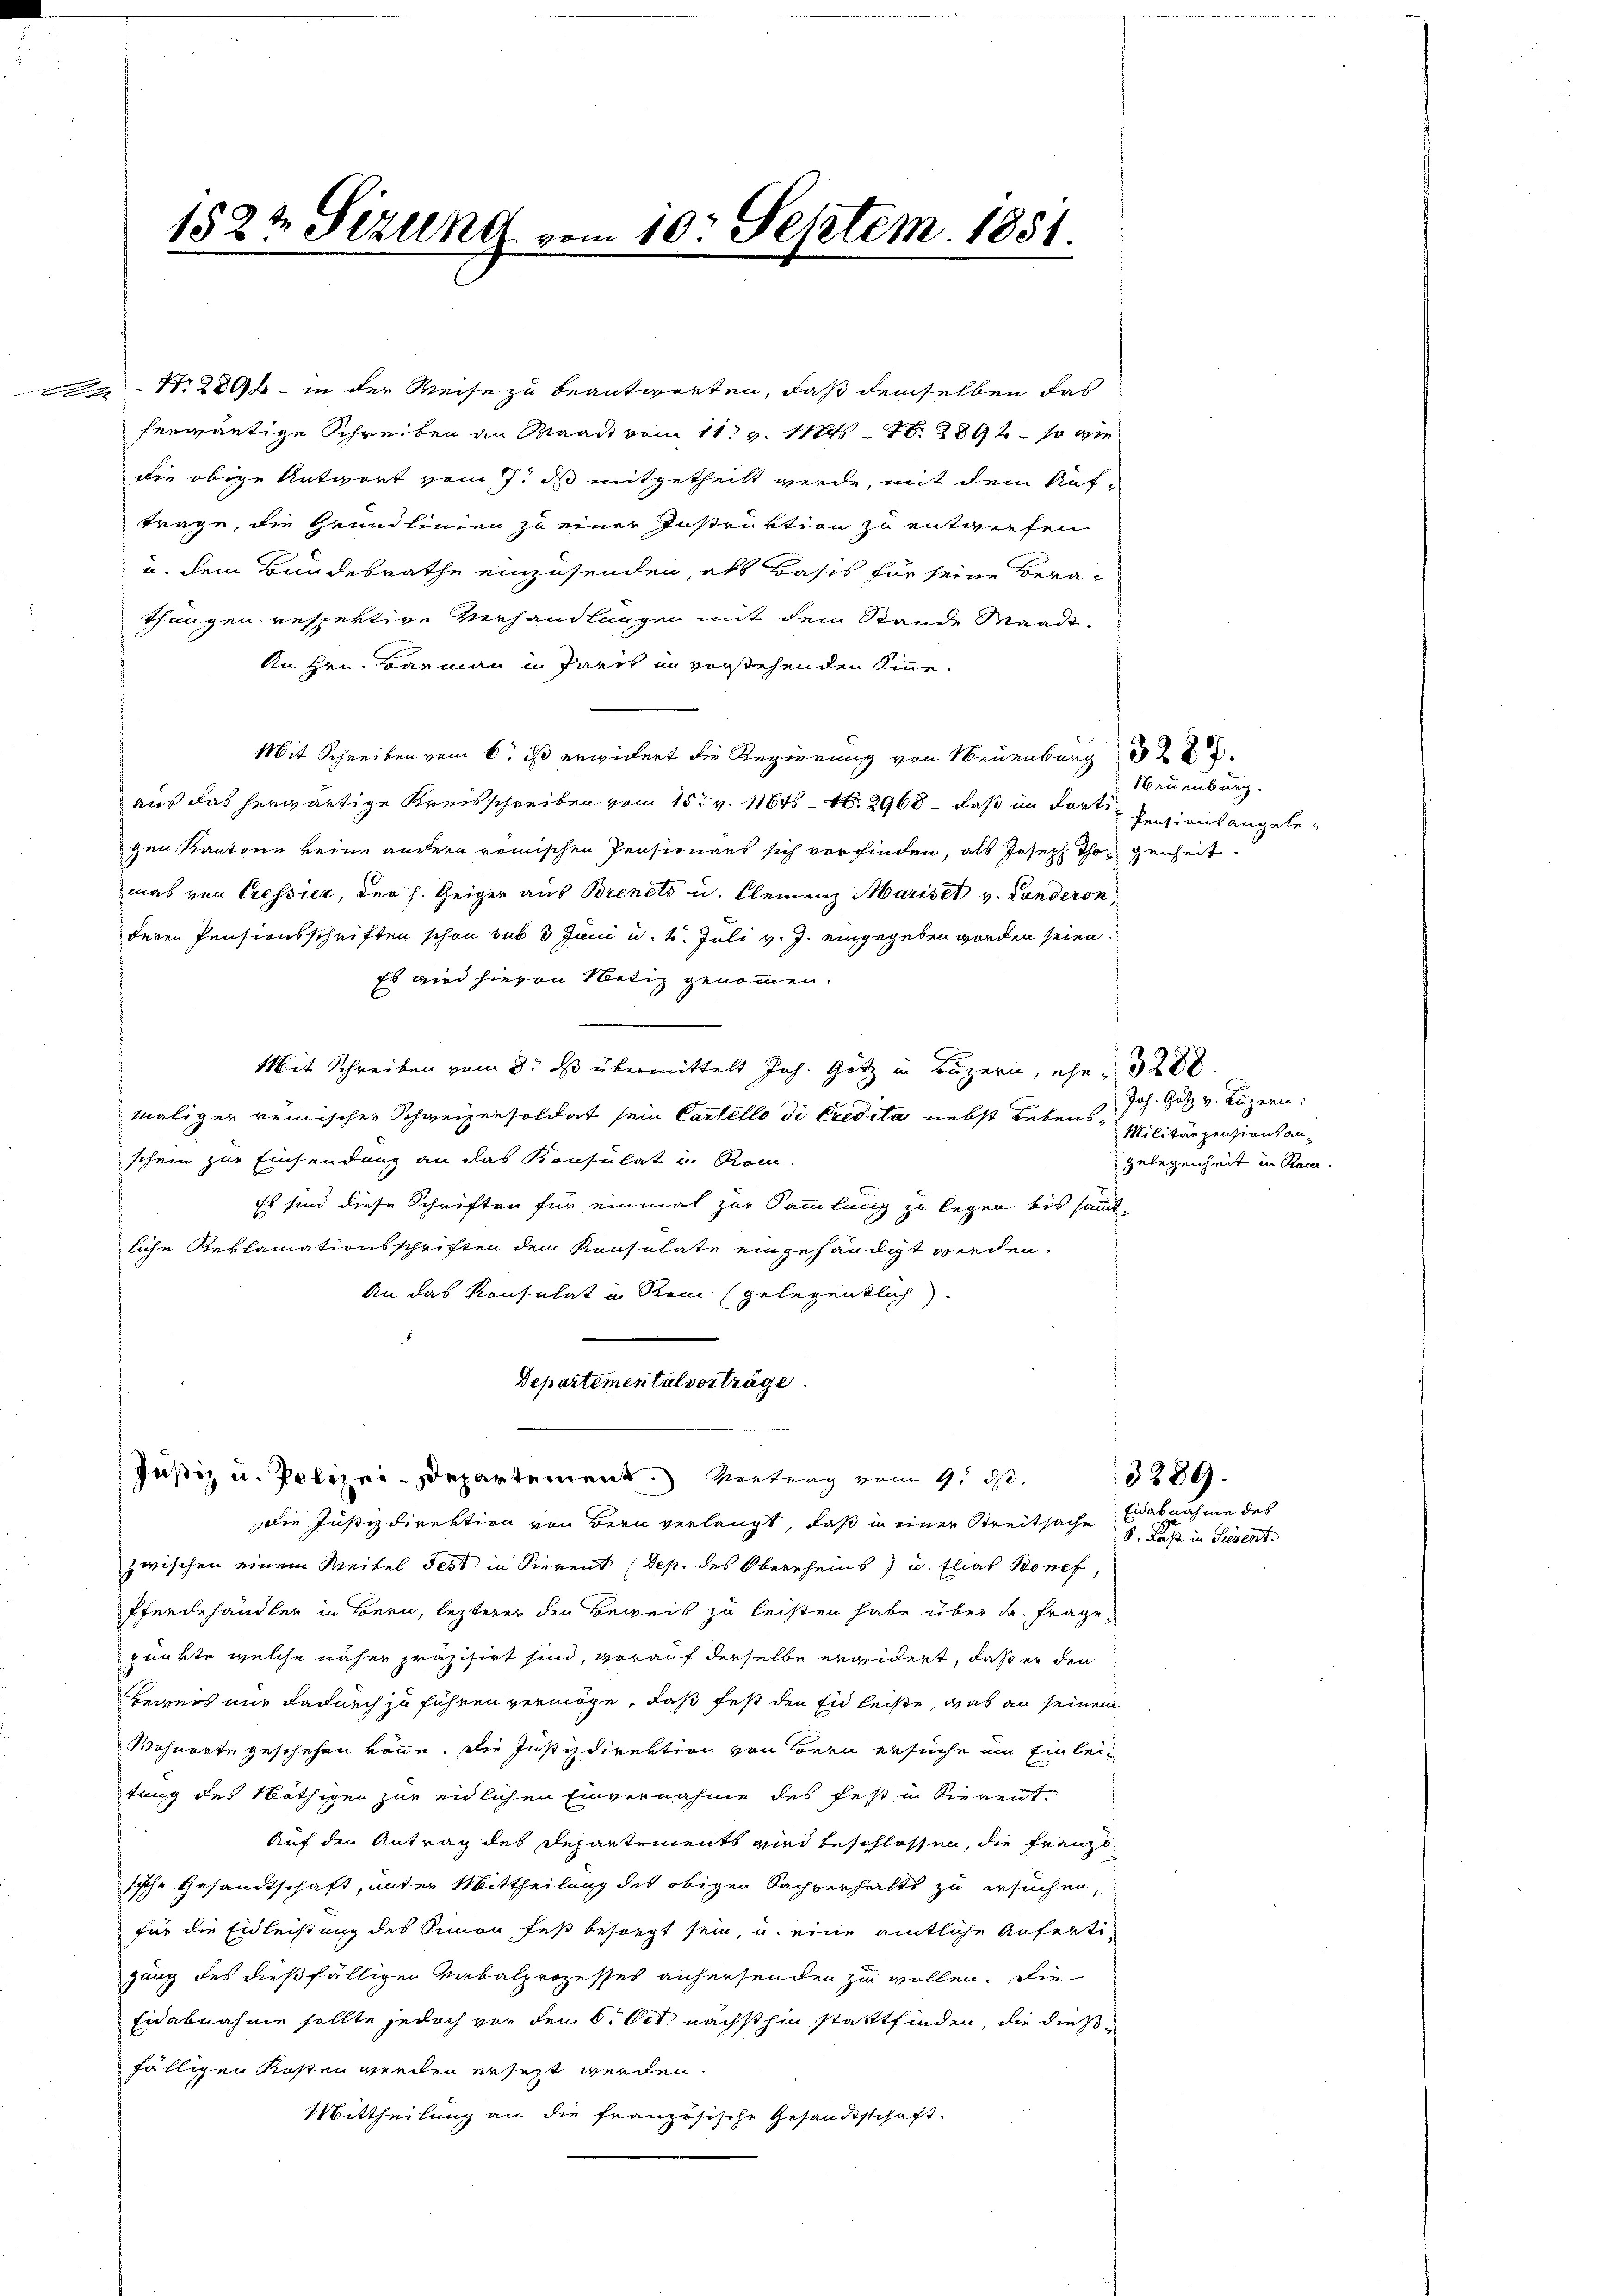
182t Sizung vom 10. Septem. 1851.

Nr 2800 in der Weise zu beantworten, daß demselben das
herwärtige Schreiben an Waadt vom 11t v. 11845 - 10. 2892 – so wie
die obige Antwort vom 7. ds mitgetheilt werde, mit dem Auf-
trage, die Grundlinien zu einer Instruktion zu entwerfen
u. dem Bundesrathe einzusenden, als Basis für seine Berathungen respektive Verhandlungen mit dem Stande Waadt-
An Hrn. Barmann in Paris in vorstehenden Sinne¬
Mit Schreiben vom 6. ds erwichert die Regierung von Neuenburg
aus das herwärtige Kreisschreiben vom 15. v. 11645 - N. 2968 – daß im dortigen Kantone keine andern römischen Pensionars sich vorfinden, als Joseph Thorgenheit
mas von Cressier, der s. Zeiger aus Brinets u. Kleinenz Muris et v. Landeron,
deren Pensionsschriften schon sub 3 Juni u. 4. Juli v. J. eingegeben worden seien.
Es wird hievon Notiz genommen.
Mit Schreiben vom 3. ds übermittelt Joh. Götz in Luzern, ehe 200
maliger römischen Schweizensoldat sein Cartello di Credita nebst Lebens Militärpensionsanschein zur Einsendung an das Konsulat in Rom.
Es sind diese Schriften für einmal zur Sammlung zu legen bis sämt.
liche Reklamationsschriften dem Konsulate eingehändigt werden.
An das Konsulat in Rein (gelegentlich
Departemental vorträge.
Justiz u. Polizei-Departement.) Vertrag vom 9. ds.
die Justizdirektion von Bern verlangt, daß in einer Streitsache Eabnahme des
zwischen einem Weitel Fest in Sierent (Dep. des Oberrheins) u. Elias Benef
Pferdehändler in Bern, lezterer den Beweis zu leisten habe über B. Frage,
punkte welche näher präzisirt sind, vorauf derselbe ergidert, daß er den
Beweis nur dadurch zu führen vermöge, daß fest den Eid leiste, was an seinem
Wehnerte geschehen könne. Die Justizdirektion von Bern ersuche im Einleitung des Nöthigen zur eidlichen Einvernahme des fest in Vierent¬
Auf den Antrag des Departements wird beschlossen, die Franzo
sische Gesandtschaft, unter Mittheilung des obigen Sachverhalts zu ersuchen,
für die Eidleistung des Simon fest besorgt sein, u. eine amtliche Anfertigung des dießfälligen Verbalprozesses anhersenden zu wollen. Die
Eidabnahme sollte jedoch vor dem 6. Oct. nächsthin stattfinden, die dießfälligen Kosten werden ersezt werden.
Mittheilung an die französische Gesandtschaft.

Neuenburg.
Pensiant angele¬

3289.

Joh. Götz v. Luzern.
Gelegenheit in Rom.

S. Faß in Tiesent.